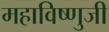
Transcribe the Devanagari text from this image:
महाविष्णुजी